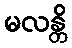
မလန္တိ